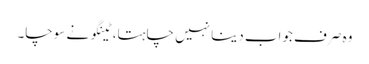
وہ صرف جواب دینا نہیں چاہتا، ٹینگو نے سوچا۔